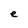
Character: e